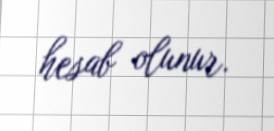
hesab olunur.